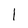
Character: l